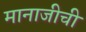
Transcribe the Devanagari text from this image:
मानाजीची